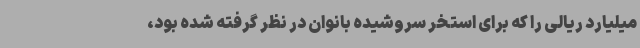
میلیارد ریالی را که برای استخر سروشیده بانوان در نظر گرفته شده بود،